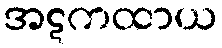
အဋကထာယ